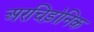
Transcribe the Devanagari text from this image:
अरचिड़ोनिक